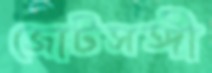
জোটসঙ্গী